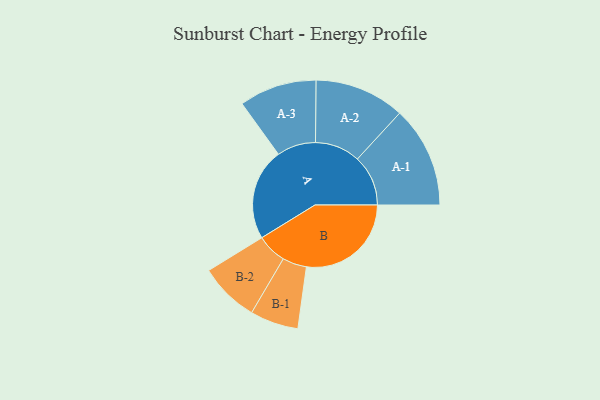
{"axis": {"x": "Segment", "y": "Value"}, "legend": ["", "A", "B"], "data": [{"x": "A", "y": 433, "type": ""}, {"x": "B", "y": 494, "type": ""}, {"x": "A-1", "y": 239, "type": "A"}, {"x": "A-2", "y": 213, "type": "A"}, {"x": "A-3", "y": 183, "type": "A"}, {"x": "B-1", "y": 114, "type": "B"}, {"x": "B-2", "y": 141, "type": "B"}]}